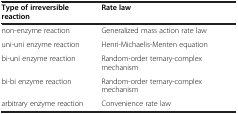
<table><thead><tr><td><b>Type of irreversible reaction</b></td><td><b>Rate law</b></td></tr></thead><tbody><tr><td>non-enzyme reaction</td><td>Generalized mass action rate law</td></tr><tr><td>uni-uni enzyme reaction</td><td>Henri-Michaelis-Menten equation</td></tr><tr><td>bi-uni enzyme reaction</td><td>Random-order ternary-complex mechanism</td></tr><tr><td>bi-bi enzyme reaction</td><td>Random-order ternary-complex mechanism</td></tr><tr><td>arbitrary enzyme reaction</td><td>Convenience rate law</td></tr></tbody></table>